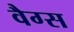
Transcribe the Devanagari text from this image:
वैग्स